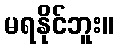
မရနိုင်ဘူး။